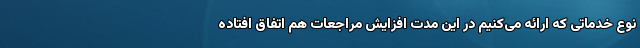
نوع خدماتی که ارائه می‌کنیم در این مدت افزایش مراجعات هم اتفاق افتاده